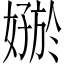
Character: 𪦟